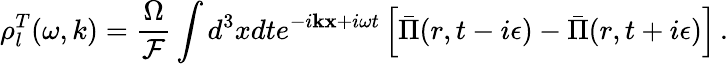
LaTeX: \rho_{l}^{T}(\omega,k)=\frac{\Omega}{{\cal F}}\int d^{3}xdte^{-i{\mathbf k}{\mathbf x}+i\omega t}\left[\bar{\Pi}(r,t-i\epsilon)-\bar{\Pi}(r,t+i\epsilon)\right]\, .